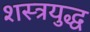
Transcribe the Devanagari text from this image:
शस्त्रयुद्ध